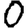
Digit: 0